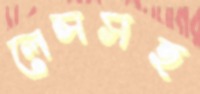
লেন্সসহ